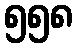
၅၅၈